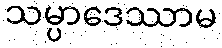
သမ္ပာဒေဿာမ